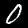
Digit: 0